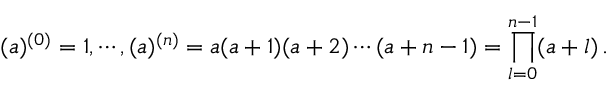
( a ) ^ { ( 0 ) } = 1 , \cdots , ( a ) ^ { ( n ) } = a ( a + 1 ) ( a + 2 ) \cdots ( a + n - 1 ) = \prod _ { l = 0 } ^ { n - 1 } ( a + l ) \, .